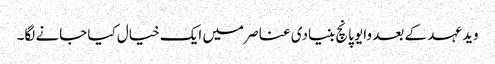
وید عہد کے بعد وایو پانچ بنیادی عناصر میں ایک خیال کیا جانے لگا۔